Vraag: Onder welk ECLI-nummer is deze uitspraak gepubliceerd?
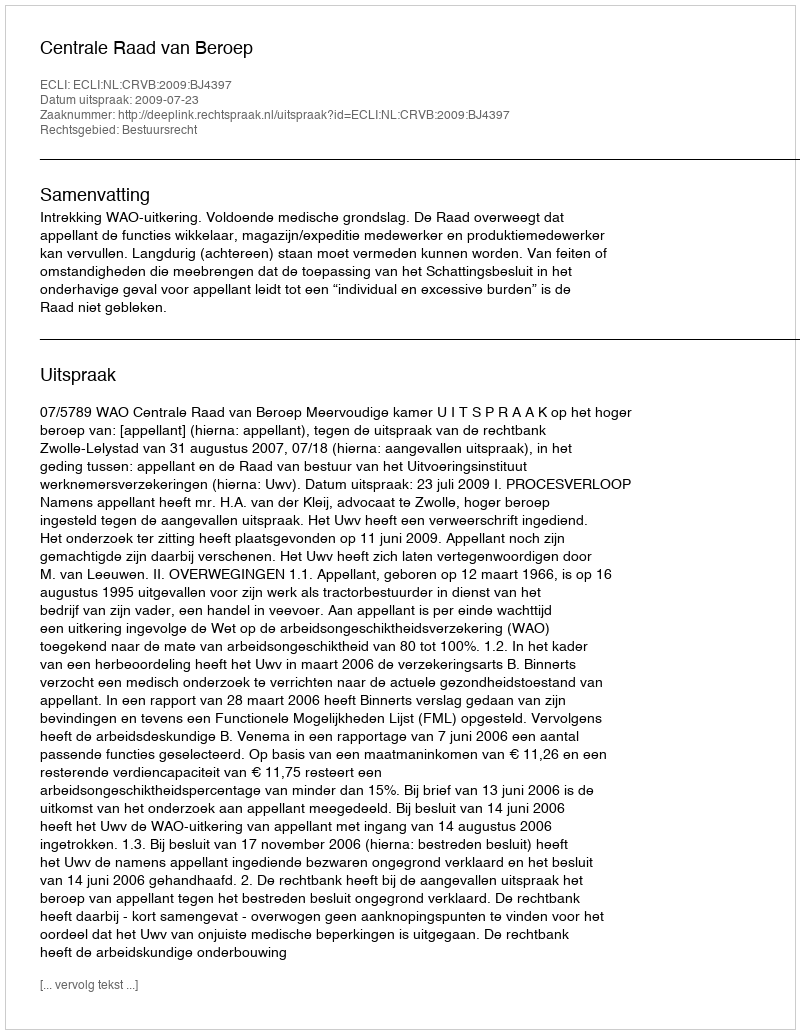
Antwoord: ECLI:NL:CRVB:2009:BJ4397